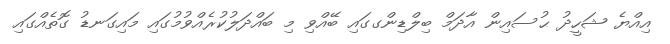
އިއްޔެ ޝަހީދު ޙުސައިން އާދަމް ބިލްޑިންގގައި ބޭއްވި މި ބައްދަލުކުރެއްވުމުގައި މައިގަނޑު ގޮތެއްގައި